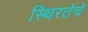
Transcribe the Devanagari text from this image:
स्थिरतेचे